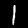
Label: 1